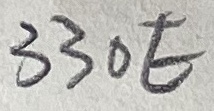
Text: 330E